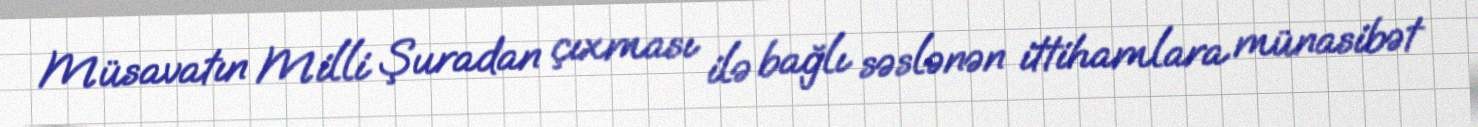
Müsavatın Milli Şuradan çıxması ilə bağlı səslənən ittihamlara münasibət